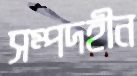
সম্পদহীন